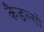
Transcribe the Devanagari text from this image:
कैडल्सो